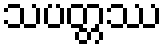
သပတ္တဿ